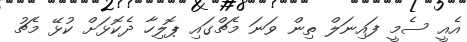
އެއީ ސެމީ ފައިނަލް ތިން ވަނަ މެޗްގައި ޕޮލިހާ ދެކޮޅަށް ކުޅޭ މެޗު